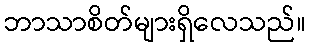
ဘာသာစိတ်များရှိလေသည်။